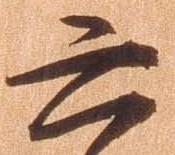
六